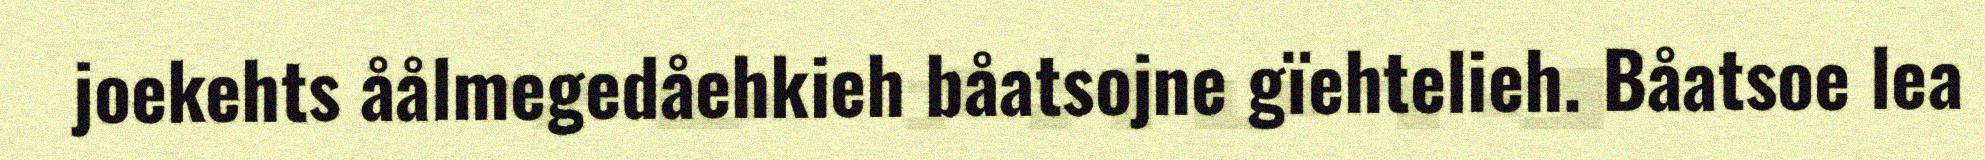
joekehts åålmegedåehkieh båatsojne gïehtelieh. Båatsoe lea